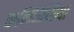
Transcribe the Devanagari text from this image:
कनिंघेमिया